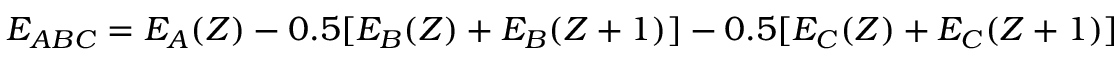
E _ { A B C } = E _ { A } ( Z ) - 0 . 5 [ E _ { B } ( Z ) + E _ { B } ( Z + 1 ) ] - 0 . 5 [ E _ { C } ( Z ) + E _ { C } ( Z + 1 ) ]